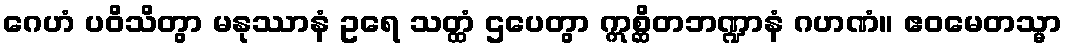
ဂေဟံ ပဝိသိတွာ မနုဿာနံ ဥရေ သတ္ထံ ဌပေတွာ ဣစ္ဆိတဘဏ္ဍာနံ ဂဟဏံ။ ဧဝမေတသ္မာ